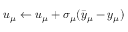
u _ { \mu } \leftarrow u _ { \mu } + \sigma _ { \mu } ( \bar { y } _ { \mu } - y _ { \mu } )